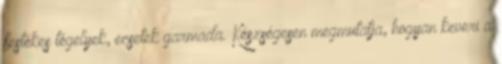
festékes tégelyek, ecsetek garmada. Készségesen megmutatja, hogyan keveri a